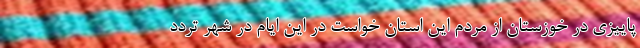
پاییزی در خوزستان از مردم این استان خواست در این ایام در شهر تردد